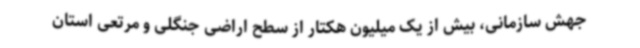
جهش سازمانی، بیش از یک میلیون هکتار از سطح اراضی جنگلی و مرتعی استان